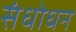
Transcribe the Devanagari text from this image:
संधोधन